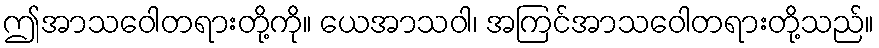
ဤအာသဝေါတရားတို့ကို။ ယေအာသဝါ၊ အကြင်အာသဝေါတရားတို့သည်။